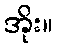
အိုး။